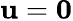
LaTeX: \mathbf{u}=\mathbf{0}